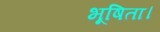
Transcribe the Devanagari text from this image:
भूषिता।